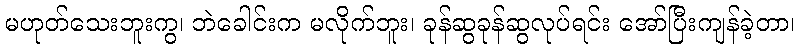
မဟုတ်သေးဘူးကွ၊ ဘဲခေါင်းက မလိုက်ဘူး၊ ခုန်ဆွခုန်ဆွလုပ်ရင်း အော်ပြီးကျန်ခဲ့တာ၊